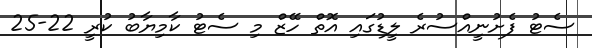
ސެޓު ފެށުނީއްސުރެ ލީޑުގައި އޮތް ހޭޒް މި ސެޓު ކާމިޔާބު ކުރީ 22-25